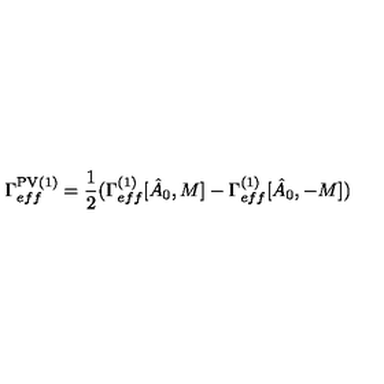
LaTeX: \Gamma _ { e f f } ^ { \mathrm { P V } ( 1 ) } = { \frac { 1 } { 2 } } ( \Gamma _ { e f f } ^ { ( 1 ) } [ \hat { A } _ { 0 } , M ] - \Gamma _ { e f f } ^ { ( 1 ) } [ \hat { A } _ { 0 } , - M ] )